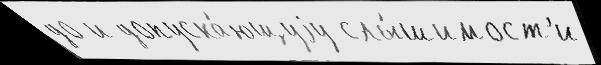
до и допуска́ющуjу слы́шимост'и